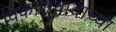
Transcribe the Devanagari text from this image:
विकासवादाच्या